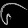
Digit: ၆